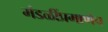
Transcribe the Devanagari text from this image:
मंडळींप्रमाणेच